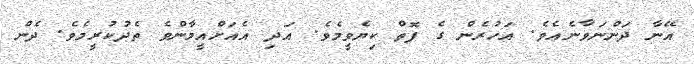
އޭނާ ދަންނަވާނެއެވެ. އަހުރެން ގެ ފޮތް ކިޔެވީމެވެ. އަދި އެއަށްއީމާންވެ ތެދުކުރީމެވެ. ދެން